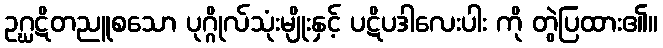
ဥဂ္ဃဋိတညူစသော ပုဂ္ဂိုလ်သုံးမျိုးနှင့် ပဋိပဒါလေးပါး ကို တွဲပြထား၏။